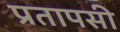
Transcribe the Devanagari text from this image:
प्रतापसी